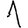
Digit: 1